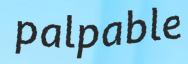
palpable